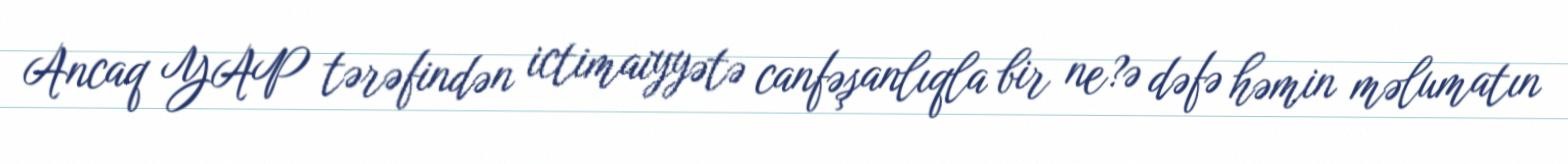
Ancaq YAP tərəfindən ictimaiyyətə canfəşanlıqla bir ne?ə dəfə həmin məlumatın